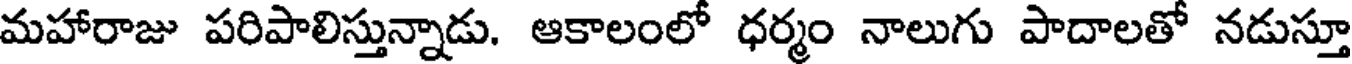
మహారాజు పరిపాలిస్తున్నాడు. ఆకాలంలో ధర్మం నాలుగు పాదాలతో నడుస్తూ